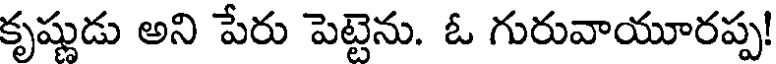
కృష్ణుడు అని పేరు పెట్టెను. ఓ గురువాయూరప్ప!